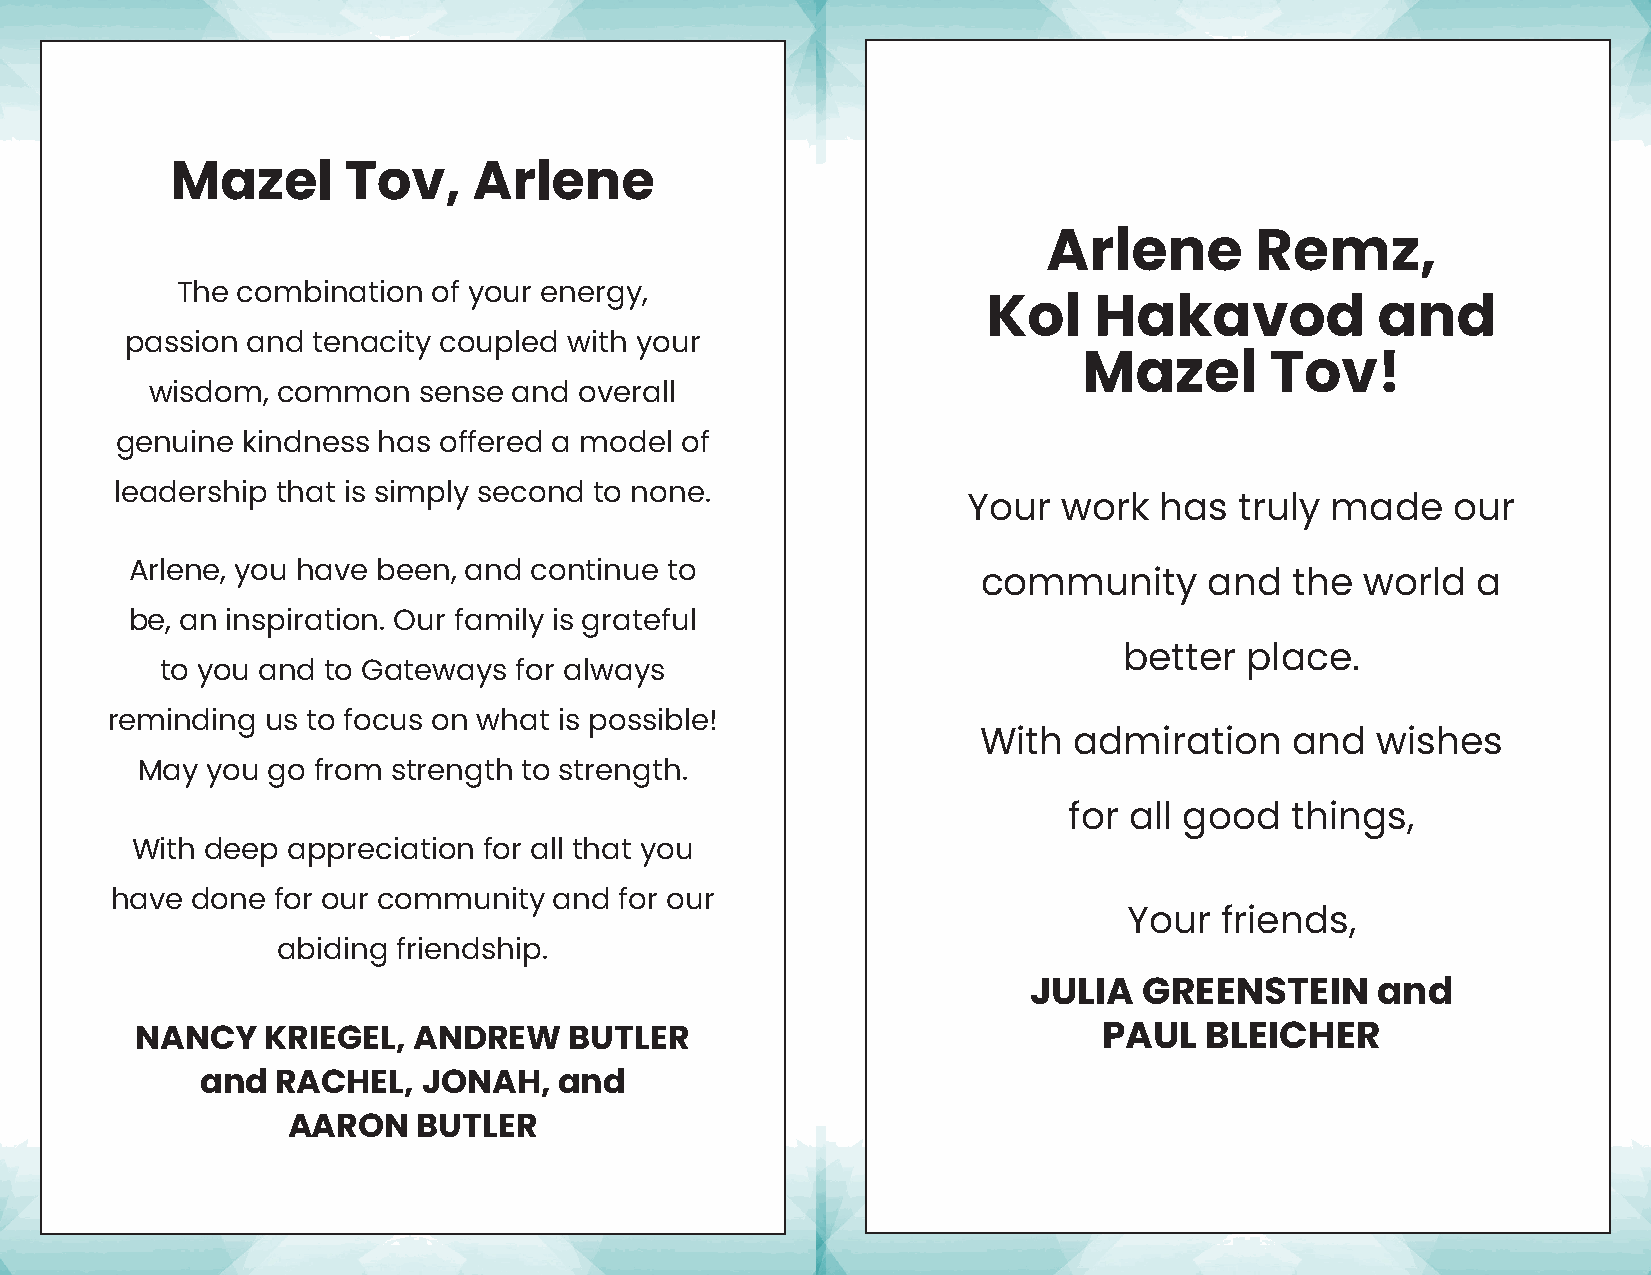
Mazel       Tov,    Arlene
 Arlene        Remz,
 The combination  of your energy,
 Kol    Hakavod            and
 passion and  tenacity coupled with your
 Mazel       Tov!
 wisdom, common    sense and overall
 genuine kindness has offered a model of
 leadership that is simply second to none.
 Your  work   has  truly made    our
 Arlene, you have been, and continue to
 community      and  the  world   a
 be, an inspiration. Our family is grateful
 better  place.
 to you and to Gateways for always
 reminding  us to focus on what is possible!
 With  admiration    and   wishes
 May  you go from strength to strength.
 for all good  things,
 With deep appreciation for all that you
 have  done for our community  and for our
 Your  friends,
 abiding friendship.
 JULIA   GREENSTEIN     and
 NANCY    KRIEGEL, ANDREW     BUTLER                             PAUL   BLEICHER
 and  RACHEL,   JONAH,   and
 AARON    BUTLER